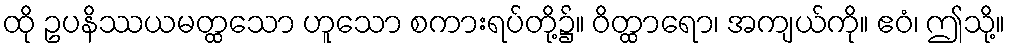
ထို ဥပနိဿယမတ္ထသော ဟူသော စကားရပ်တို့၌။ ဝိတ္ထာရော၊ အကျယ်ကို။ ဧဝံ၊ ဤသို့။